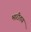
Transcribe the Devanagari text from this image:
भारीतय